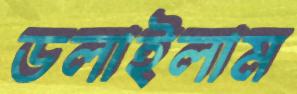
ডলাইলাম